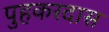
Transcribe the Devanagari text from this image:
पुहकरदास